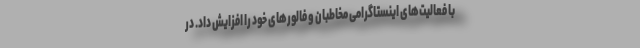
با فعالیت‌های اینستاگرامی مخاطبان و فالورهای خود را افزایش داد. در